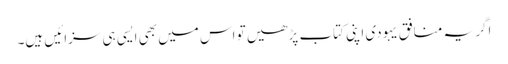
اگر یہ منافق یہودی اپنی کتاب پڑھیں تو اس میں بھی ایسی ہی سزائیں ہیں۔